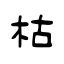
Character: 枯